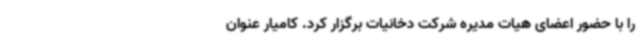
را با حضور اعضای هیات مدیره شرکت دخانیات برگزار کرد. کامیار عنوان